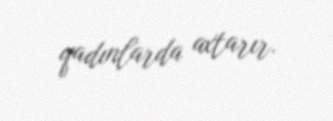
qadınlarda axtarır.